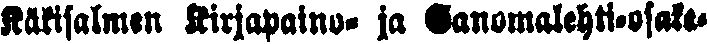
Käkisalmen kirjapaino- ja Sanomalehti-osake-